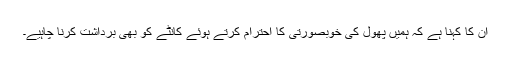
ان کا کہنا ہے کہ ہمیں پھول کی خوبصورتی کا احترام کرتے ہوئے کانٹے کو بھی برداشت کرنا چاہیے۔